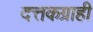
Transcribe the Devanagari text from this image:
दत्तकग्राही